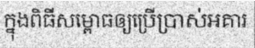
ក្នុងពិធីសម្ពោធឲ្យប្រើប្រាស់អគារ